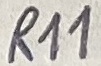
Text: R11